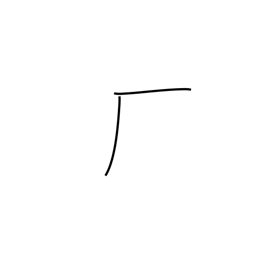
Meaning: trailing cliff radical (no. 27)